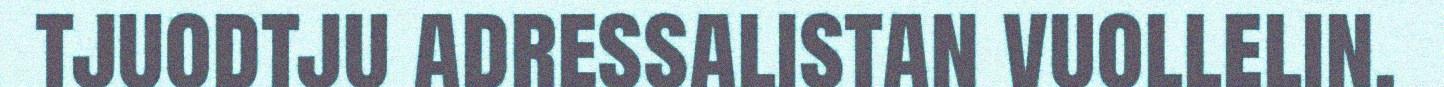
tjuodtju adressalistan vuollelin.